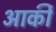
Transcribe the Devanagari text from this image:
आर्की